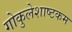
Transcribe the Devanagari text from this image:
गोकुलेशाष्टकम